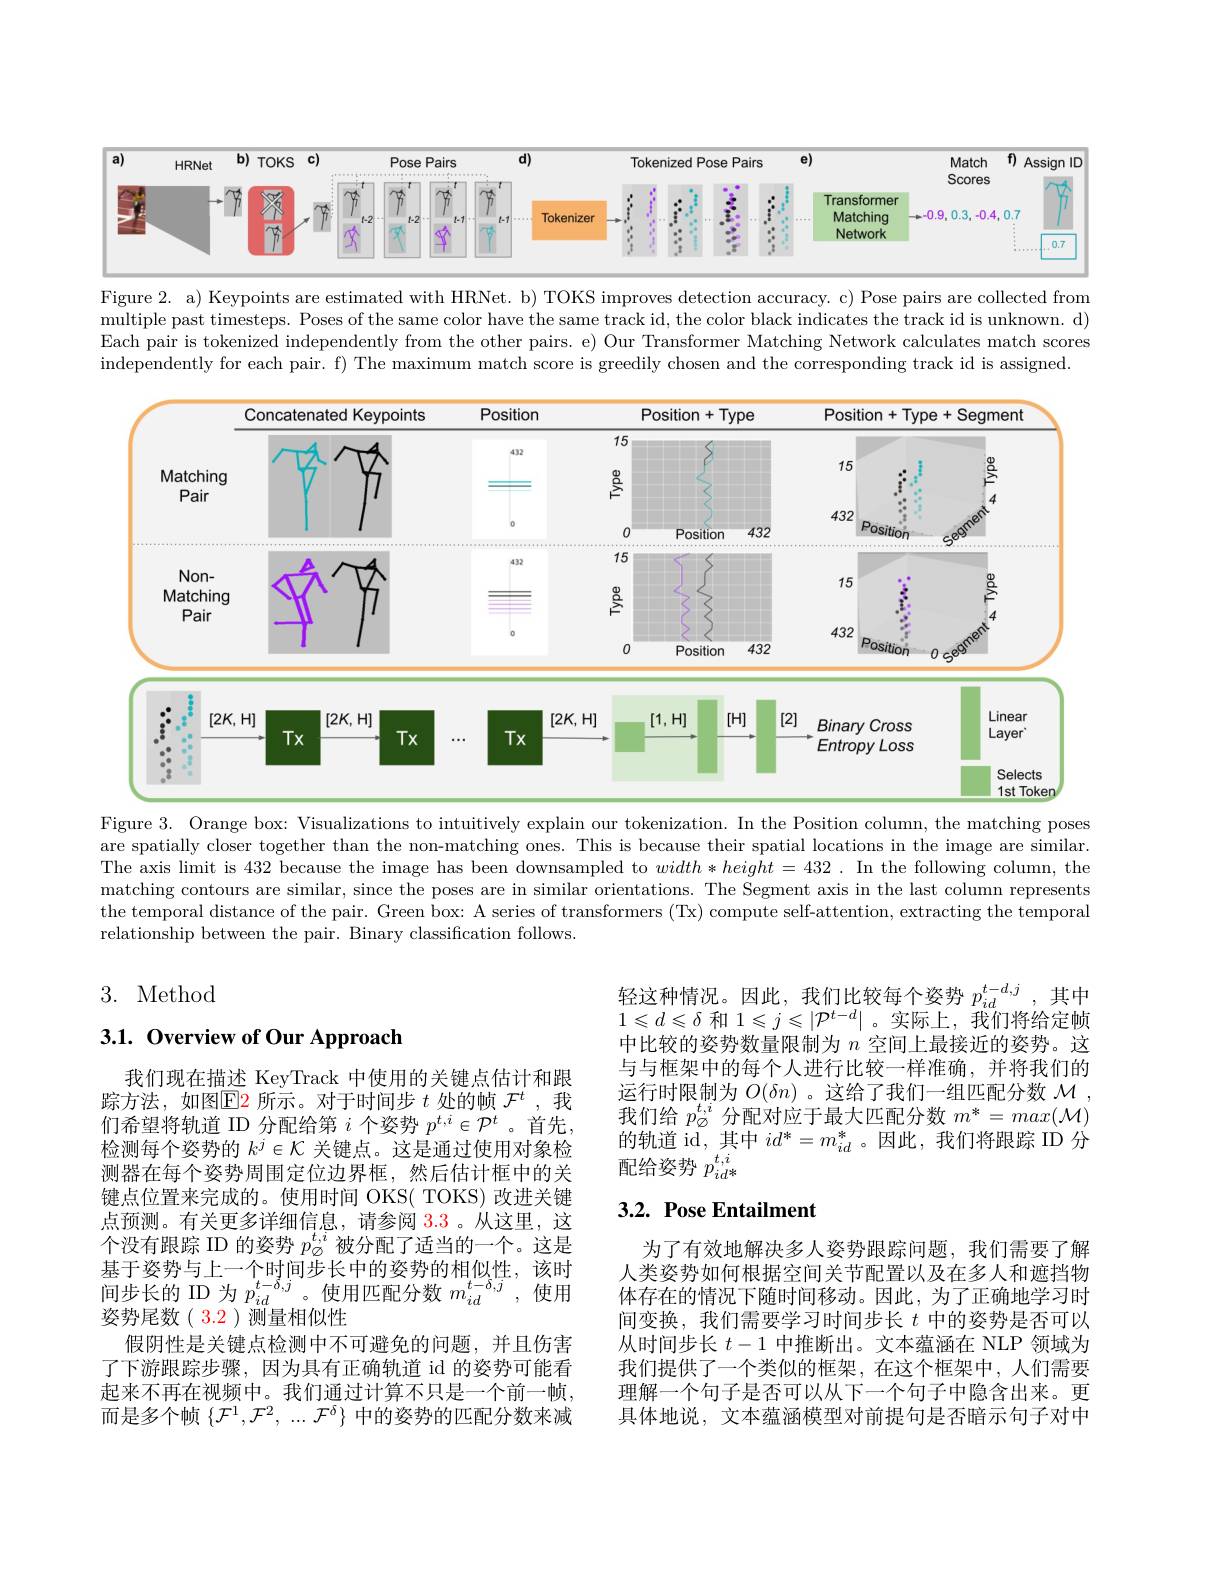
<FigureHere>

Figure 2. a) Keypoints are estimated with HRNet. b) TOKS improves detection accuracy. c) Pose pairs are collected from multiple past timesteps. Poses of the same color have the same track id, the color black indicates the track id is unknown. d) Each pair is tokenized independently from the other pairs. e) Our Transformer Matching Network calculates match scores independently for each pair. f) The maximum match score is greedily chosen and the corresponding track id is assigned.

<FigureHere>

Figure 3. Orange box: Visualizations to intuitively explain our tokenization. In the Position column, the matching poses

are spatially closer together than the non-matching ones. This is because their spatial locations in the image are similar. The axis limit is 432 because the image has been downsampled to $width*height=432.$ In the following column, the matching contours are similar, since the poses are in similar orientations. The Segment axis in the last column represents the temporal distance of the pair. Green box: A series of transformers (Tx) compute self-attention, extracting the temporal relationship between the pair. Binary classification follows.

3. Method

## $3. 1. \textbf{ Overview of Our Approach}$

轻这种情况。因此，我们比较每个姿势$\begin{array}{c}p_{id}^{t-d,j},&\text{其中}\\\end{array}$ $1\leqslant d\leqslant\delta$和$1\leqslant j\leqslant|\mathcal{P}^t-d|$。实际上，我们将给定帧中比较的姿势数量限制为$n$空间上最接近的姿势。这与与框架中的每个人进行比较一样准确，并将我们的运行时限制为$O(\delta n)$ 。这给了我们一组匹配分数$\mathcal{M}$ 我们给$p_{\varnothing}^{t,i}$分配对应于最大匹配分数$m^*=max(\mathcal{M})$ 的轨道 id, 其中$id^*=m_{id}^*$。因此，我们将跟踪 ID 分配给姿势 $p_id*^{t,i}$

## 3.2. Pose Entailment

我们现在描述 KeyTrack 中使用的关键点估计和跟踪方法，如图$\color{red}{\operatorname*{E}}$2 所示。对于时间步$t$处的帧$\mathcal{F}^t$ ,我们希望将轨道 ID 分配给第$i$个姿势$p^t,i\in\mathcal{P}^t$ 。首先， 检测每个姿势的$k^j\in\mathcal{K}$关键点。这是通过使用对象检测器在每个姿势周围定位边界框，然后估计框中的关键点位置来完成的。使用时间 OKS( TOKS) 改进关键点预测。有关更多详细信息，请参阅 3.3。从这里，这个没有跟踪 ID 的姿势$p_{\varnothing}^{t,i}$被分配了适当的一个。这是基于姿势与上一个时间步长中的姿势的相似性，该时间步长的 ID 为$p_id^{t-\delta,j}$。使用匹配分数$m_id^{t-\delta,j}$,使用姿势尾数( 3.2 )测量相似性
假阴性是关键点检测中不可避免的问题，并且伤害了下游跟踪步骤，因为具有正确轨道 id 的姿势可能看起来不再在视频中。我们通过计算不只是一个前一帧， 而是多个帧$\left\{\mathcal{F}^1,\mathcal{F}^2,\ldots\mathcal{F}^\delta\right\}$中的姿势的匹配分数来减

为了有效地解决多人姿势跟踪问题，我们需要了解人类姿势如何根据空间关节配置以及在多人和遮挡物体存在的情况下随时间移动。因此，为了正确地学习时间变换，我们需要学习时间步长$t$中的姿势是否可以从时间步长$t-1$中推断出。文本蕴涵在 NLP 领域为我们提供了一个类似的框架，在这个框架中，人们需要理解一个句子是否可以从下一个句子中隐含出来。更具体地说，文本蕴涵模型对前提句是否暗示句子对中